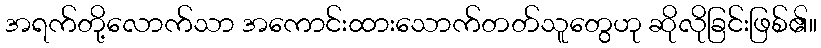
အရက်တို့လောက်သာ အကောင်းထားသောက်တတ်သူတွေဟု ဆိုလိုခြင်းဖြစ်၏။